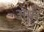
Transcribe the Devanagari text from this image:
अर्फ